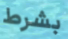
بشرط